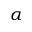
\alpha